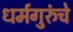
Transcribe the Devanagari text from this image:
धर्मगुरुंचे